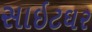
સાઇટઘર